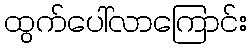
ထွက်ပေါ်လာကြောင်း